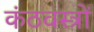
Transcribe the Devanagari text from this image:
कंठवस्त्रों